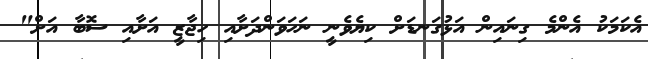
އެކަމަކު އެންމެ ގިނައިން އަޅުގަނޑަށް ކިޔެވެނީ ނަހަވަންދަށާއި ހިޖާޒީ އަށާއި ސޮބާ އަށް"